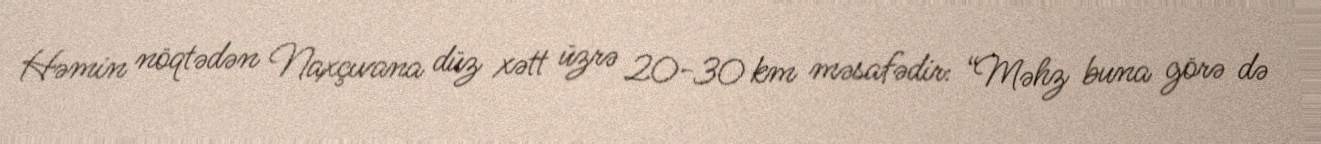
Həmin nöqtədən Naxçıvana düz xətt üzrə 20-30 km məsafədir: “Məhz buna görə də